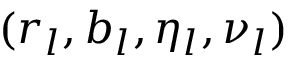
( r _ { l } , b _ { l } , \eta _ { l } , \nu _ { l } )